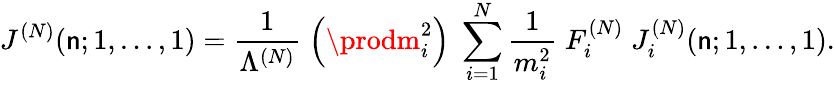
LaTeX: J^{(N)}(\mathsf{n};1,\ldots,1)=\frac{{1}}{{\Lambda^{(N)}}}\; \left(\prodm_{i}^{2}\right)\; \sum_{i=1}^{N}\frac{{1}}{{m_{i}^{2}}}\; F_{i}^{(N)}\; J_{i}^{(N)}(\mathsf{n};1,\ldots,1).